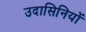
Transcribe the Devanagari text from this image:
उदासिनियों